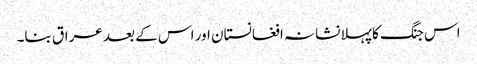
اس جنگ کا پہلا نشانہ افغانستان اور اس کے بعد عراق بنا۔